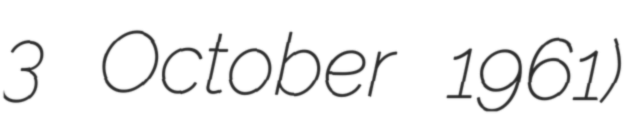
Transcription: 3 October 1961)